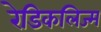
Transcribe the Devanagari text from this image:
रेडिकलिज्म